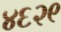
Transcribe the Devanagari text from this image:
४६२९